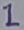
Text: 1